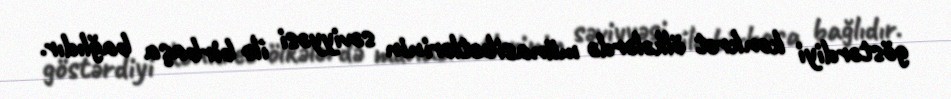
göstərdiyi konkret ölkələrdə münasibətlərinin səviyyəsi ilə birbaşa bağlıdır.